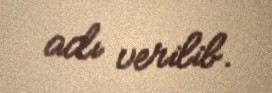
adı verilib.